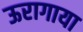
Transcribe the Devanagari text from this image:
ऊरागाया